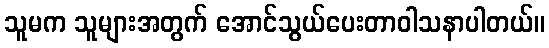
သူမက သူများအတွက် အောင်သွယ်ပေးတာဝါသနာပါတယ်။